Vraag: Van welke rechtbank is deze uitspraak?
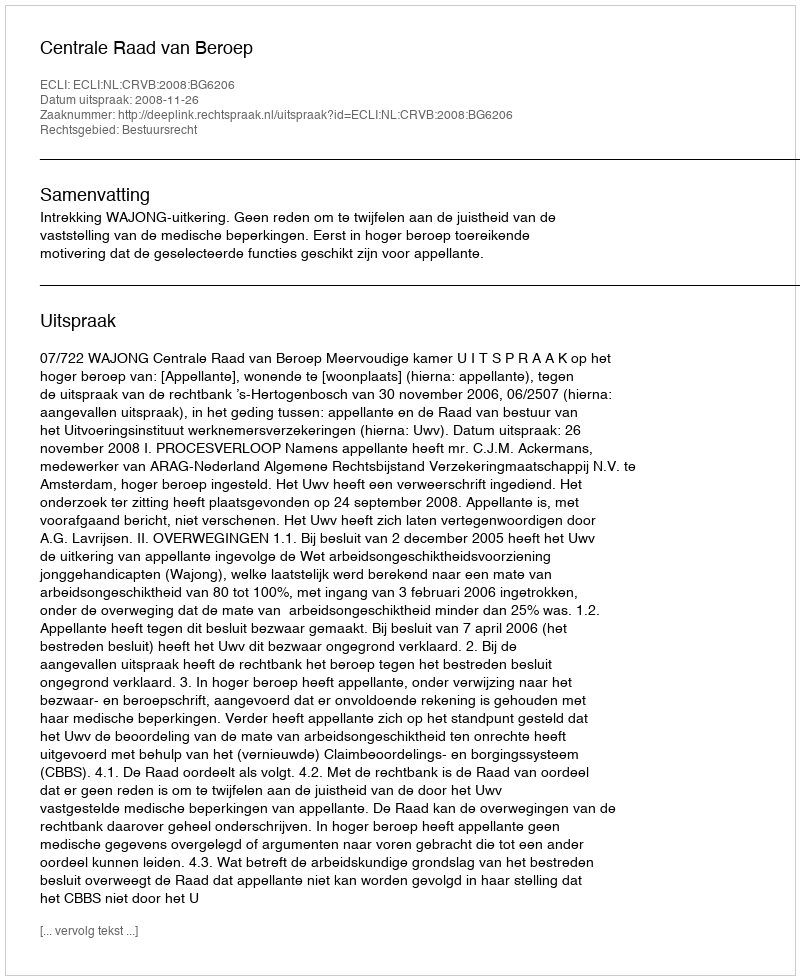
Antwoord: Centrale Raad van Beroep